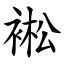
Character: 䘴